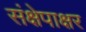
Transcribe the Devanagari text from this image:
संक्षेपाक्षर